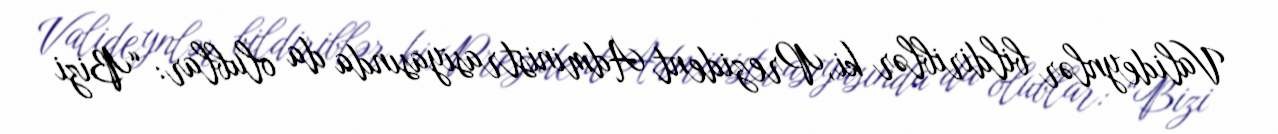
Valideynlər bildiriblər ki, Prezident Administrasiyasında da olublar: “Bizi